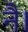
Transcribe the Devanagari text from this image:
नै।